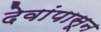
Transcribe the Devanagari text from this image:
देवांपासून